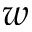
w